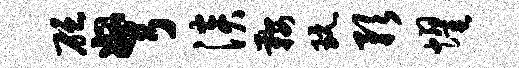
砭弩淡鞍玩预耀